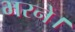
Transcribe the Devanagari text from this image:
भरने।